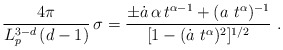
\begin{align*}\frac{4\pi}{L_p^{3-d}\,(d-1)} \, \sigma = \frac{\pm \dot{a}\, \alpha \,t^{\alpha-1} + (a\,\,t^\alpha)^{-1}}{[1- (\dot{a}\,\, t^{\alpha})^2]^{1/2}}\,\,.\end{align*}